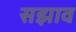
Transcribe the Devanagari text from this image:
सझाव